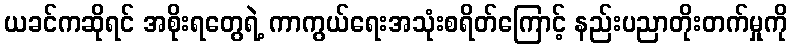
ယခင်ကဆိုရင် အစိုးရတွေရဲ့ ကာကွယ်ရေးအသုံးစရိတ်ကြောင့် နည်းပညာတိုးတက်မှုကို